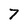
Character: 7